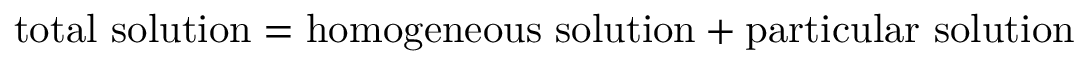
{ \mathrm { t o t a l ~ s o l u t i o n } } = { \mathrm { h o m o g e n e o u s ~ s o l u t i o n } } + { \mathrm { p a r t i c u l a r ~ s o l u t i o n } }